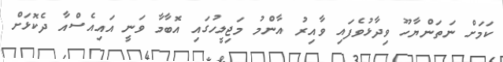
ކަމަށް ނަތަންޔާހޫ ވިދާޅުވެފައި ވާއިރު އާންމު މަޖިލީހުގައި އޮބާމާ ވަނީ އައިއެސްއާ ދެކޮޅަށް